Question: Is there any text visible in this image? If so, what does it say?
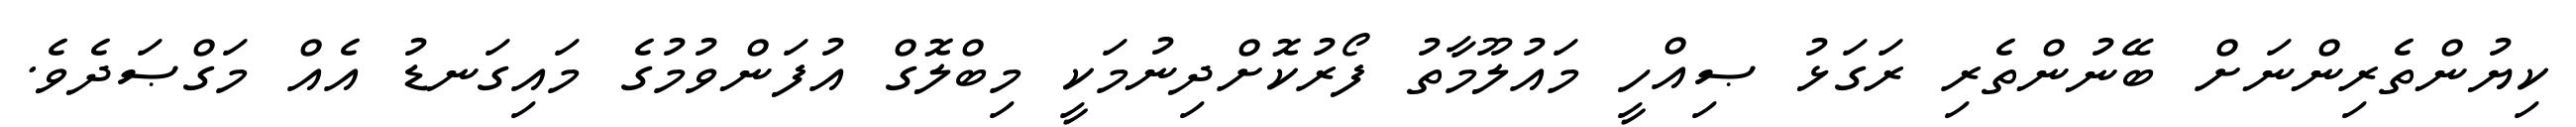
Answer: ކިޔުންތެރިންނަށް ބޭނުންތެރި ރަގަޅު ޞިއްހީ މައުލޫމާތު ފޯރުކޮށްދިނުމަކީ މިބްލޮގް އުފަންވުމުގެ މައިގަނޑު އެއް މަގްޞަދެވެ.